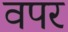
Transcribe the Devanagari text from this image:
वपर